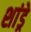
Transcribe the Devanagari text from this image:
शांड्रे